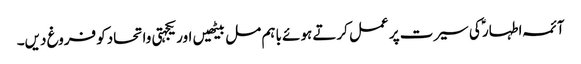
آئمہ اطہار ؑکی سیرت پر عمل کرتے ہوئے باہم مل بیٹھیں اور یکجہتی واتحادکو فروغ دیں۔